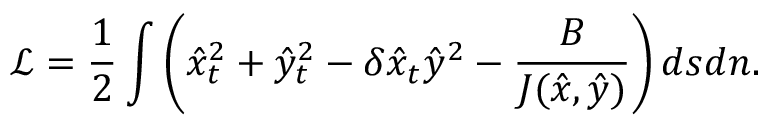
\mathcal { L } = \frac { 1 } { 2 } \int \left( \hat { x } _ { t } ^ { 2 } + \hat { y } _ { t } ^ { 2 } - \delta \hat { x } _ { t } \hat { y } ^ { 2 } - \frac { B } { J ( \hat { x } , \hat { y } ) } \right) d s d n .